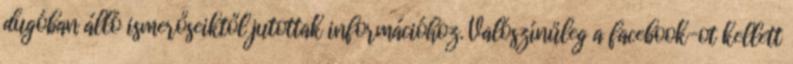
dugóban álló ismerőseiktől jutottak információhoz. Valószínűleg a facebook-ot kellett